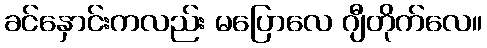
ခင်နှောင်းကလည်း မပြောလေ ဂျီတိုက်လေ။